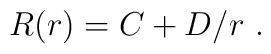
R(r) = C + D/r \ .